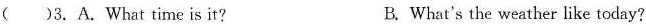
( )3.A.What time is it？ B.What's the weather like today？